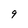
Character: 9